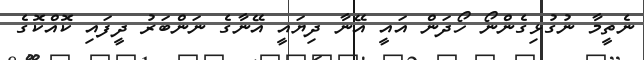
ނެތީމާ ނުގުޅިގެންނޯ ހޯދަން އައީ އޭނާ ދިޔައީ އޭނާގެ ނަންބަރު ދީފައި ކޮއްކޮގެ